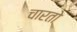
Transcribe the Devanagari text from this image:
चारतो